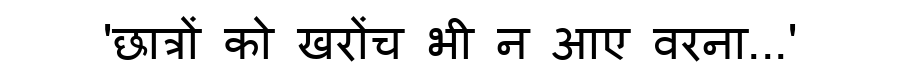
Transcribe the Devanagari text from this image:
'छात्रों को खरोंच भी न आए वरना...'